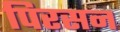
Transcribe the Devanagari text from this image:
पिरसन